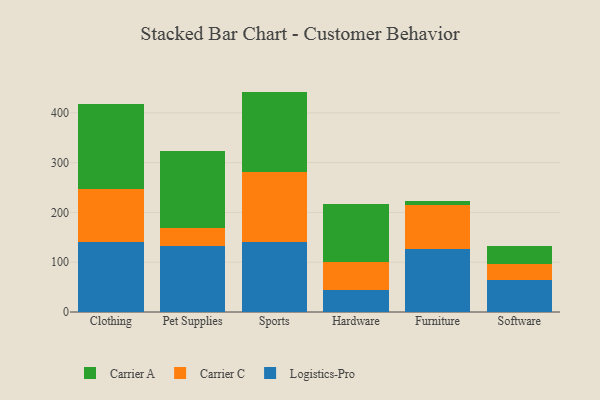
{"axis": {"x": "Category", "y": "Production Output"}, "legend": ["Carrier A", "Carrier C", "Logistics-Pro"], "data": [{"x": "Clothing", "y": 141.6, "type": "Logistics-Pro"}, {"x": "Clothing", "y": 105.2, "type": "Carrier C"}, {"x": "Clothing", "y": 170.8, "type": "Carrier A"}, {"x": "Pet Supplies", "y": 132.2, "type": "Logistics-Pro"}, {"x": "Pet Supplies", "y": 36.4, "type": "Carrier C"}, {"x": "Pet Supplies", "y": 154.1, "type": "Carrier A"}, {"x": "Sports", "y": 141.3, "type": "Logistics-Pro"}, {"x": "Sports", "y": 140.7, "type": "Carrier C"}, {"x": "Sports", "y": 160.8, "type": "Carrier A"}, {"x": "Hardware", "y": 44.5, "type": "Logistics-Pro"}, {"x": "Hardware", "y": 55.5, "type": "Carrier C"}, {"x": "Hardware", "y": 117.7, "type": "Carrier A"}, {"x": "Furniture", "y": 127.4, "type": "Logistics-Pro"}, {"x": "Furniture", "y": 88.5, "type": "Carrier C"}, {"x": "Furniture", "y": 6.4, "type": "Carrier A"}, {"x": "Software", "y": 64.8, "type": "Logistics-Pro"}, {"x": "Software", "y": 31.9, "type": "Carrier C"}, {"x": "Software", "y": 36.2, "type": "Carrier A"}]}